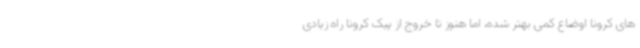
های کرونا اوضاع کمی بهتر شده، اما هنوز تا خروج از پیک کرونا راه زیادی